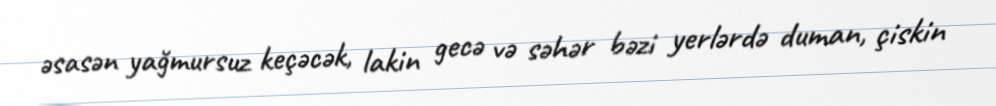
əsasən yağmursuz keçəcək, lakin gecə və səhər bəzi yerlərdə duman, çiskin